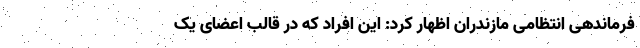
فرماندهی انتظامی مازندران اظهار کرد: این افراد که در قالب اعضای یک